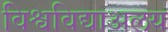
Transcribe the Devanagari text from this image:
विश्वविद्याअलय